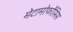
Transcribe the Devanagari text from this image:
मेटामोर्फोसिस